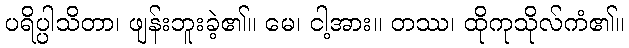
ပရိပ္ပါသိတာ၊ ဖျန်းဘူးခဲ့၏။ မေ၊ ငါ့အား။ တဿ၊ ထိုကုသိုလ်ကံ၏။